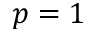
p = 1